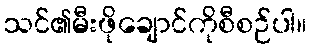
သင်၏မီးဖိုချောင်ကိုစီစဉ်ပါ။